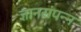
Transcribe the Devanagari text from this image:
ज्ञानसंपन्न